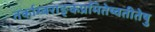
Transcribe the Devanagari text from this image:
तर्काम्बराङ्कप्रमितेष्वतीतेषु